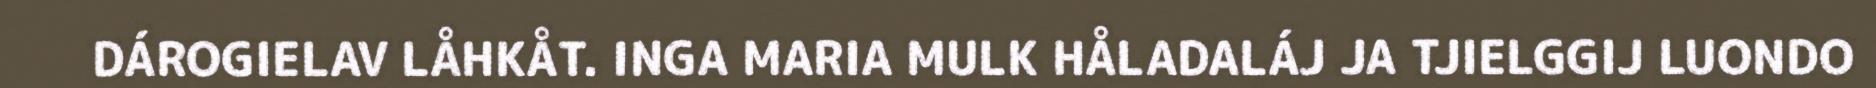
DÁROGIELAV LÅHKÅT. INGA MARIA MULK HÅLADALÁJ JA TJIELGGIJ LUONDO